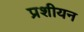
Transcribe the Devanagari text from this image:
प्रशीयन